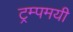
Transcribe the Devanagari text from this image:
ट्रम्पमयी